Leprosy in India: report of the Leprosy Commission in India, 1890-91
Year: 1890
Disease focus: Leprosy
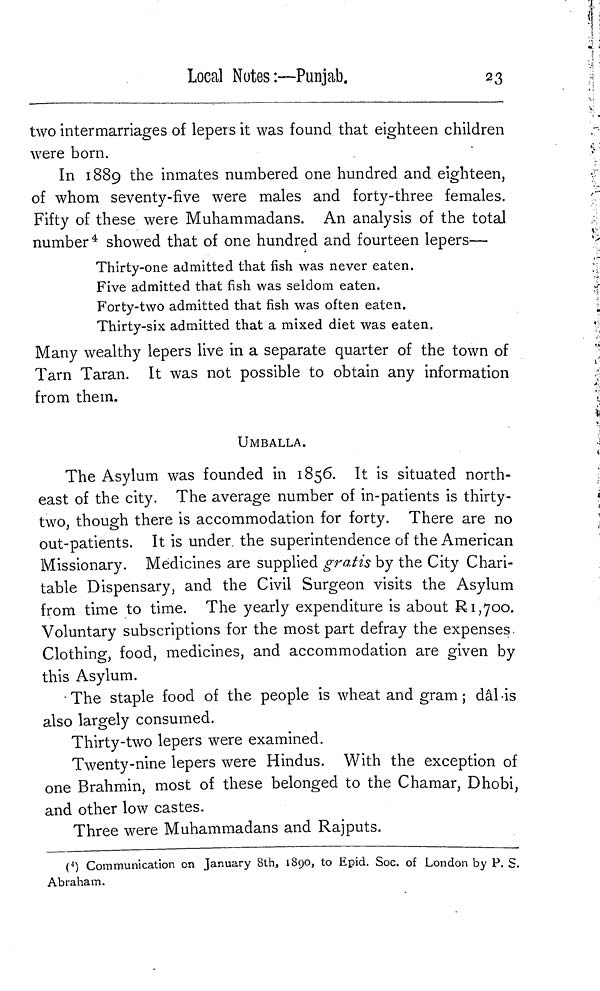
Local Notes :—Punjab.
23
two intermarriages of lepers it was found that eighteen children
were born.
In 1889 the inmates numbered one hundred and eighteen,
of whom seventy-five were males and forty-three females.
Fifty of these were Muhammadans. An analysis of the total
number 4 showed that of one hundred and fourteen lepers—
Thirty-one admitted that fish was never eaten.
Five admitted that fish was seldom eaten.
Forty-two admitted that fish was often eaten.
Thirty-six admitted that a mixed diet was eaten.
Many wealthy lepers live in a separate quarter of the town of
Tarn Taran. It was not possible to obtain any information
from them.
UMBALLA.
The Asylum was founded in 1856. It is situated north-
east of the city. The average number of in-patients is thirty-
two, though there is accommodation for forty. There are no
out-patients. It is under the superintendence of the American
Missionary. Medicines are supplied gratis by the City Chari-
table Dispensary, and the Civil Surgeon visits the Asylum
from time to time. The yearly expenditure is about R 1,700.
Voluntary subscriptions for the most part defray the expenses.
Clothing, food, medicines, and accommodation are given by
this Asylum.
• The staple food of the people is wheat and gram ; dâl is
also largely consumed.
Thirty-two lepers were examined.
Twenty-nine lepers were Hindus. With the exception of
one Brahmin, most of these belonged to the Chamar, Dhobi,
and other low castes.
Three were Muhammadans and Rajputs.
( 4 ) Communication on January 8th, 1890, to Epid. Soc. of London by P. S.
Abraham.